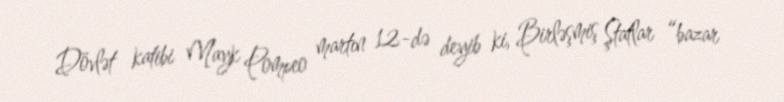
Dövlət katibi Mayk Pompeo martın 12-də deyib ki, Birləşmiş Ştatlar “bazar